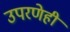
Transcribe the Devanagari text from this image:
उपरणेही